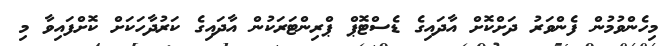
މިހެންވުމުން ފެންވަރު ދަށްކޮށް އާދައިގެ ޑެސްޓޮޕް ޕްރިންޓަރަކުން އާދައިގެ ކަރުދާހަކަށް ކޮށްފައިވާ މި